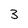
Character: 3